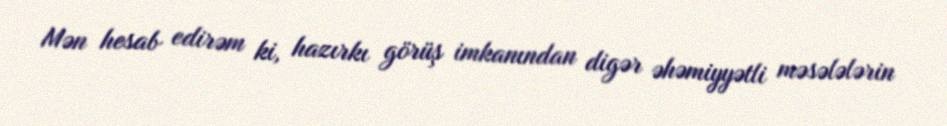
Mən hesab edirəm ki, hazırkı görüş imkanından digər əhəmiyyətli məsələlərin